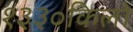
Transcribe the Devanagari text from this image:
१३३०किलो